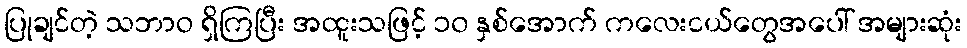
ပြုချင်တဲ့ သဘာဝ ရှိကြပြီး အထူးသဖြင့် ၁၀ နှစ်အောက် ကလေးငယ်တွေအပေါ် အများဆုံး